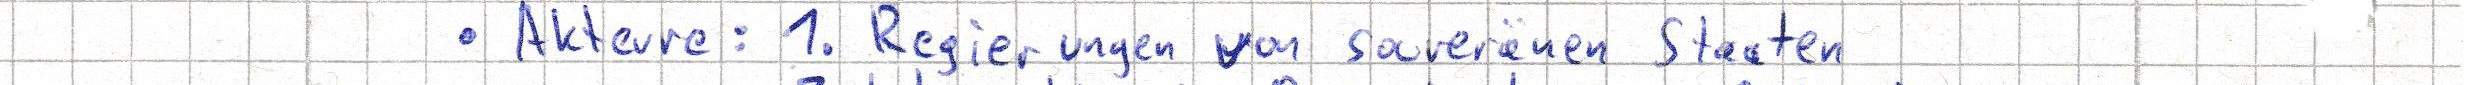
- Akteure: 1. Regierungen von souveränen Staaten